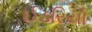
ઈડરિયો